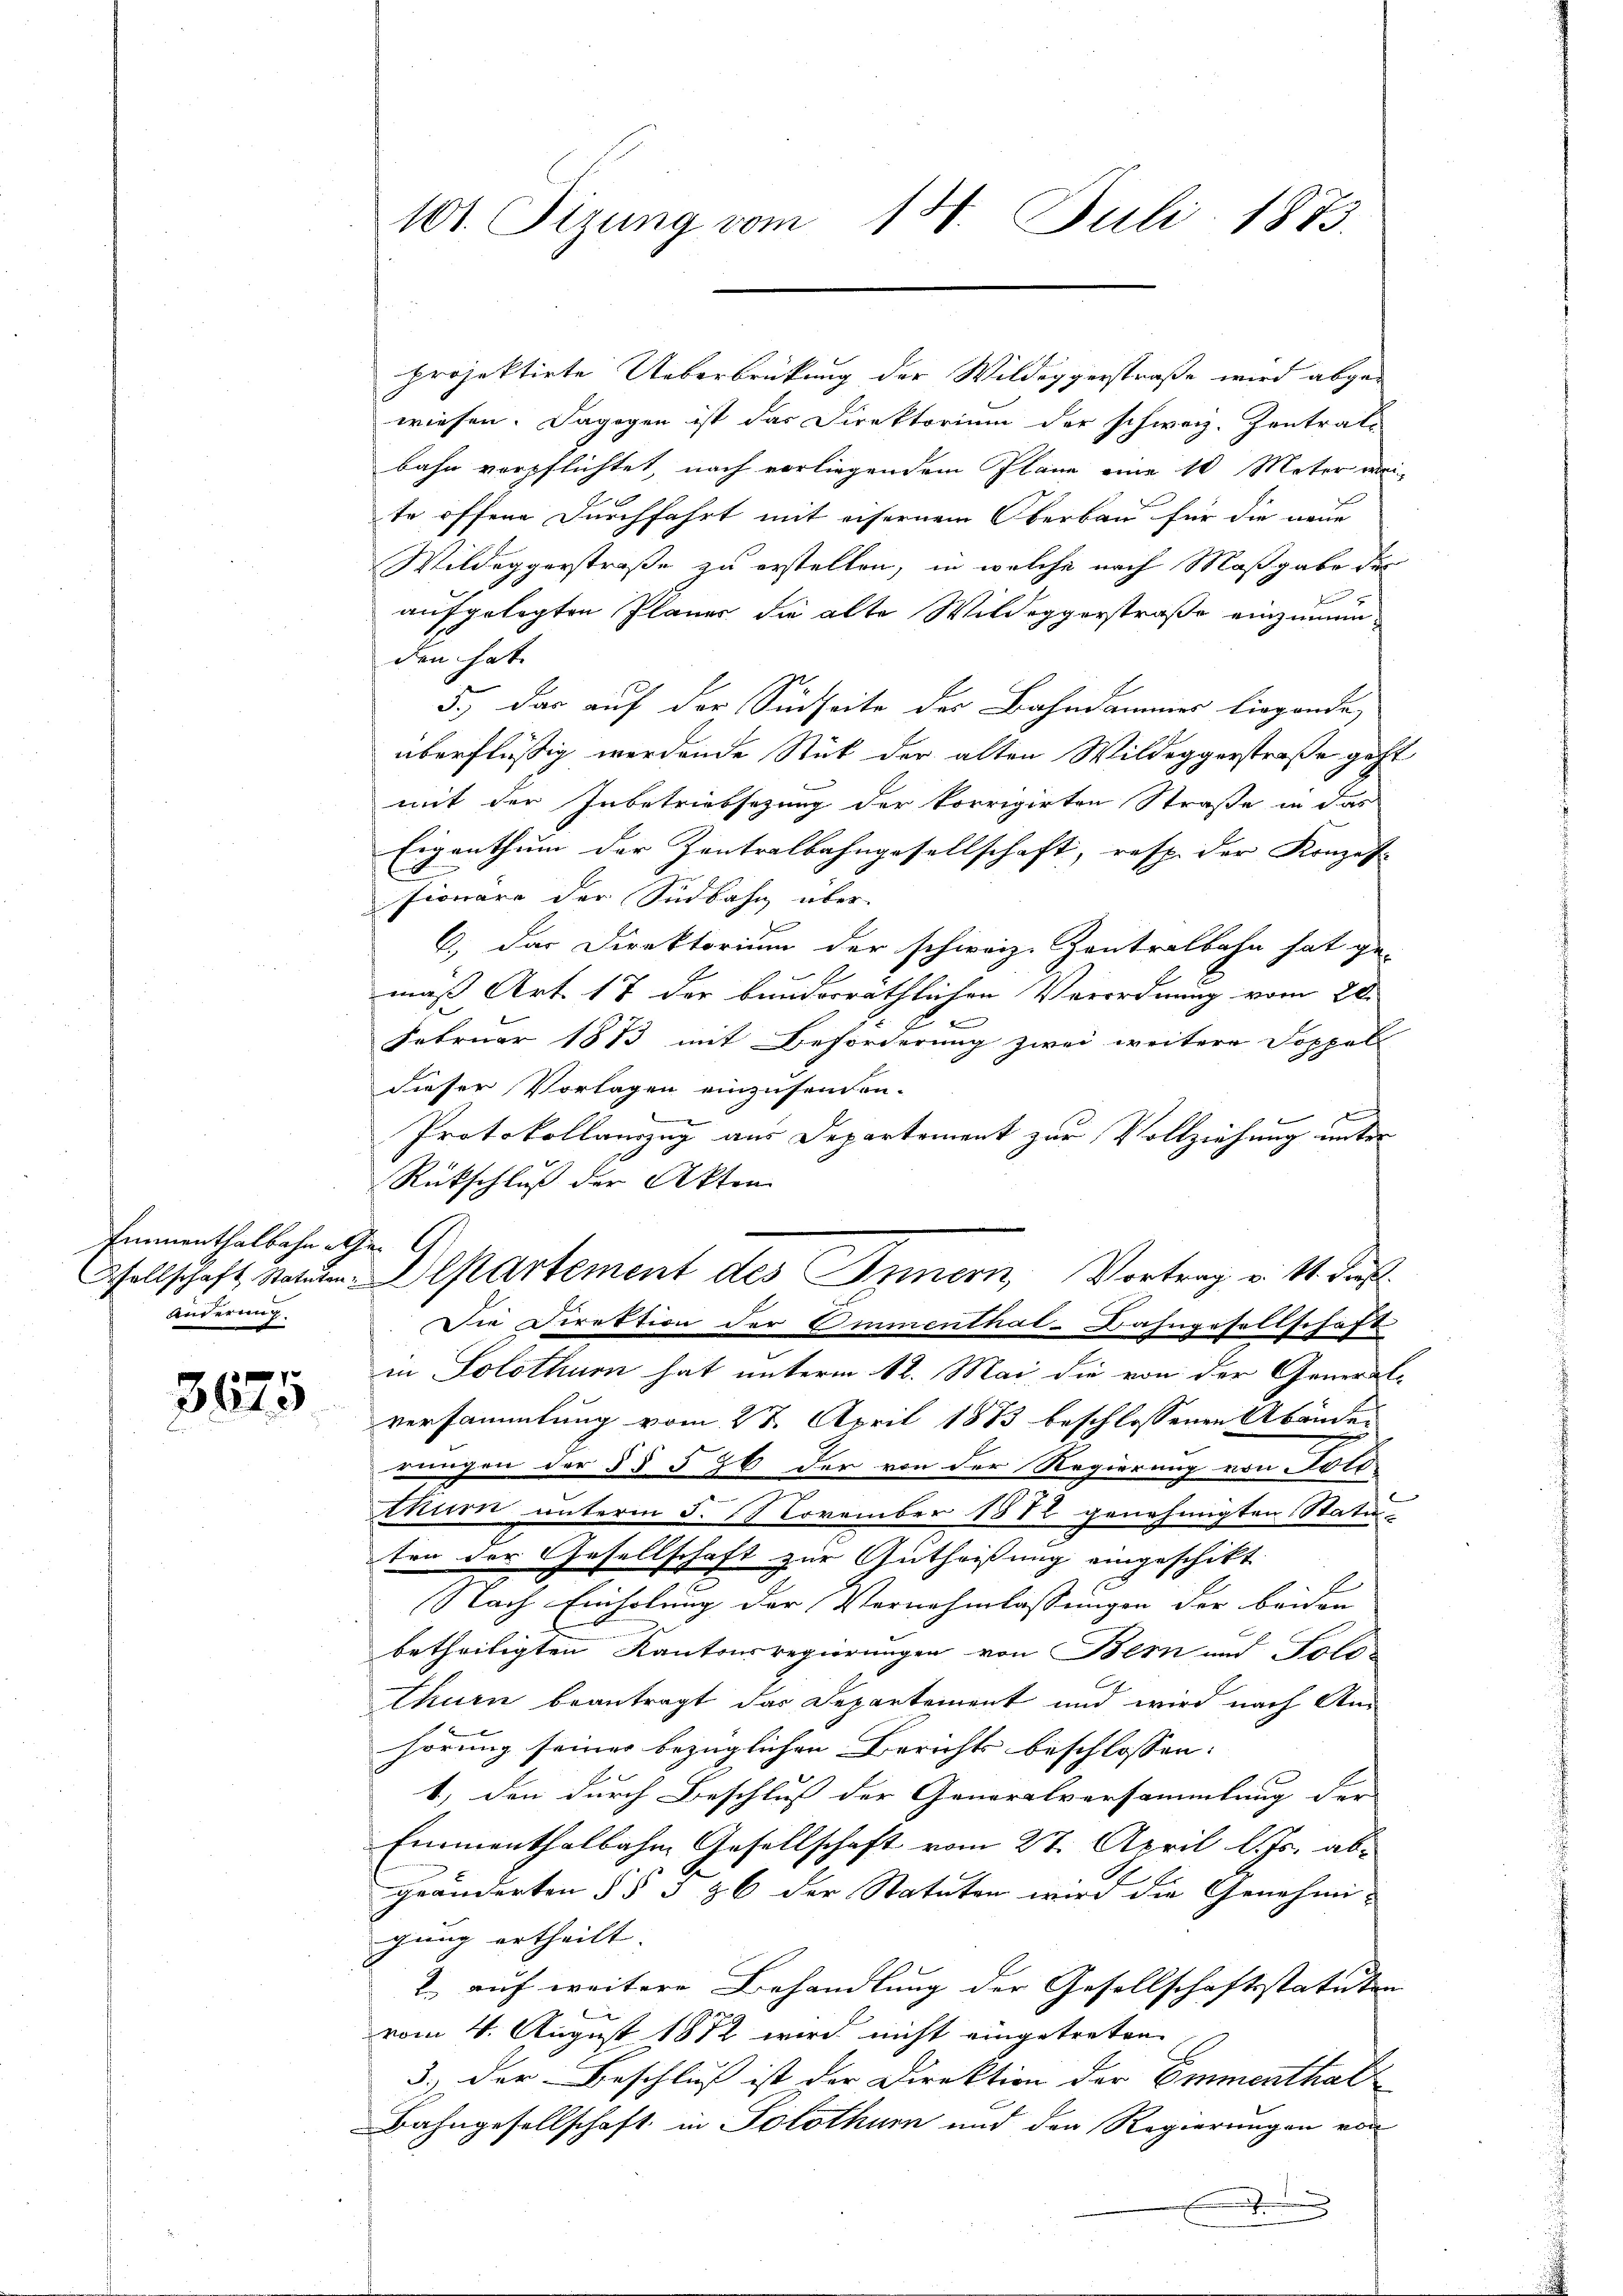
Erumenthalbahnete (1.
Änderung

3675

wiesen. Dagegen ist das Direktorium der schweiz. Zentrats
bahn verpflichtet, nach vorliegendem Plane eine 10 Meter wei
r
te offene Durchfahrt mit eisernem Oberbau für die neue
Wildeggerstraße zu erstellen, in welche nach Maßgabe der
aufgelegten Planer die alte Wildeggerstraße einzumünden hat. |
3.) Das auf der Südseite des Bahndammer liegende,
überflüßig werdende Stück der alten Wildeggerstraße geht
mit der Inbetriebsezung der korrigirten Straße in das
Eigenthum der Zentralbahngesellschaft, resp. der Konzes |
fionare der Südbahn über-
C.) Das Direktorium der schweiz. Zentralbahn hat ge-
mäß Art. 17 der bunderräthlichen Verordnung vom 20.
Februar 1873 mit Beförderung zwei weitere Doppel
dieser Vorlagen einzusenden.
Protokollanzug aus Departement zur Vollziehung unter
Rückschluß der Akten
in Solothurn hat unterm 12. Mai die von der General-
versammlung vom 27. April 1873 beschlossenen Abänden
wungen der §§ 526 der von der Regierung von Solo-
z
thurn unterm 5. November 1882 genehmigten Statu-
ten der Gesellschaft zur Gutheißung eingeschikt
Nach Einholung der Vernehmlassungen der beiden
betheiligten Kantonsregierungen von Bern und Solo-
thurn beantragt das Departement und wird nach An
hörung seiner bezüglichen Berichts beschlossen: |
1) den durch Beschluß der Generalversammlung der |
Emmenthalbahne Gesellschaft vom 27. April l. Js. ab-
geänderten § § § 26 der Statuten wird die Genehmi-
gung ertheilt.
2. auf weitere Behandlung der Gesellschaftsstatuten
vom 4. August 1872 wird nicht eingetreten. |
3.) Der Beschluß ist der Direktion der Emmenthal
Bahngesellschaft in Solothurn und der Regierungen von
x

101. Sizung vom 14. Juli 1873.

projektirte Ueberbrückung der Wildeggerstraße wird abge¬

Gsellschaft natum Departement des Innern, Vortrag v. 14. ds.
Die Direktion der Emmenthal-Bahngesellschaft